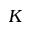
K